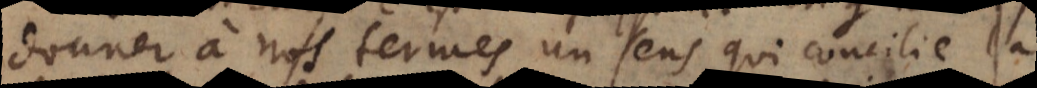
donner à nos termes un sens qui concilie la